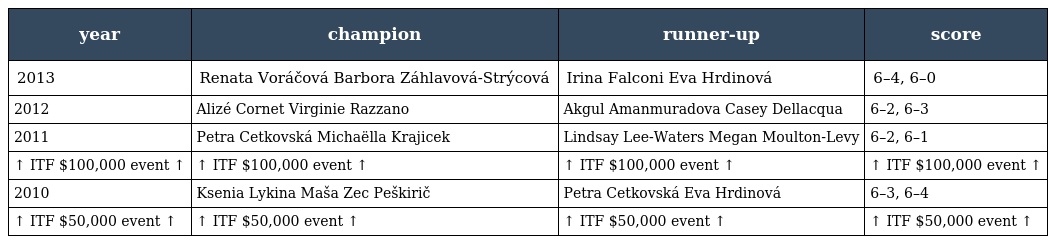
| year | champion | runner-up | score |
 | --- | --- | --- | --- |
 | 2013 | Renata Voráčová Barbora Záhlavová-Strýcová | Irina Falconi Eva Hrdinová | 6–4, 6–0 |
 | 2012 | Alizé Cornet Virginie Razzano | Akgul Amanmuradova Casey Dellacqua | 6–2, 6–3 |
 | 2011 | Petra Cetkovská Michaëlla Krajicek | Lindsay Lee-Waters Megan Moulton-Levy | 6–2, 6–1 |
 | ↑ ITF $100,000 event ↑ | ↑ ITF $100,000 event ↑ | ↑ ITF $100,000 event ↑ | ↑ ITF $100,000 event ↑ |
 | 2010 | Ksenia Lykina Maša Zec Peškirič | Petra Cetkovská Eva Hrdinová | 6–3, 6–4 |
 | ↑ ITF $50,000 event ↑ | ↑ ITF $50,000 event ↑ | ↑ ITF $50,000 event ↑ | ↑ ITF $50,000 event ↑ |